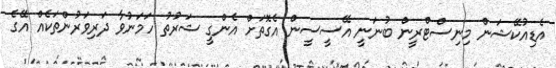
އެޑިއުކޭޝަން މިނިސްޓްރީން ބުނަނީ އޭސީސީން އެގޮތަށް އެންގީ ޝަރުތު ހަމަނުވާ ދަރިވަރުންތަކެއް އޭގެ